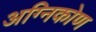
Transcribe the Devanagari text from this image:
अग्निकोण